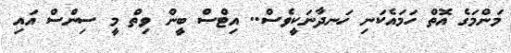
މަންމަގެ އޮތް ހަމައެކަނި ހަނދާނަކީވެސް.. އިޓްސް ބީން ވިތް މީ ސިންސް އައި